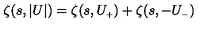
\zeta ( s , \vert U \vert ) = \zeta ( s , U _ { \scriptscriptstyle + } ) + \zeta ( s , - U _ { \scriptscriptstyle - } )